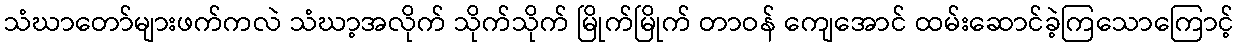
သံဃာတော်များဖက်ကလဲ သံဃာ့အလိုက် သိုက်သိုက် မြိုက်မြိုက် တာဝန် ကျေအောင် ထမ်းဆောင်ခဲ့ကြသောကြောင့်